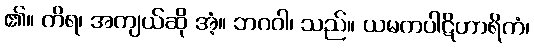
၏။ ကိရ၊ အကျယ်ဆို အံ့။ ဘဂဝါ၊ သည်။ ယမကပါဋိဟာရိကံ၊